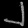
Digit: ၂